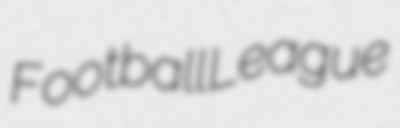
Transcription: Football League